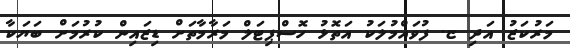
މަރުކަޒު އަދި ޏ. ފުވައްމުލަކު އަތޮޅު ހޮސްޕިޓަލް މަރާމާތަށް ޑިޒައިން ކުރުމަށް ބަޔަކާ